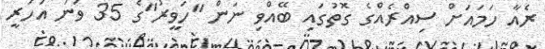
ރެއާ ހަމައަށް ސިއްރެއްގެ ގޮތުގައި ބޭއްވި ނަން "ހަވީރު"ގެ 35 ވަނަ އަހަރީ